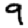
Digit: 9